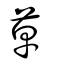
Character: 艸